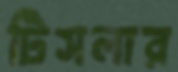
টিসলার